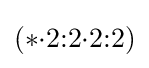
(*{\cdot }2{:}2{\cdot }2{:}2)